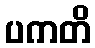
ပကတိ